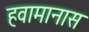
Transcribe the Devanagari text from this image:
हवामानास